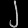
Digit: ၂